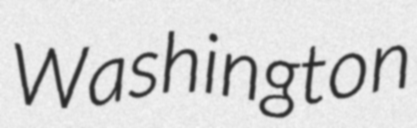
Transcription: Washington